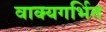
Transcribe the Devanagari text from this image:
वाक्यगर्भित